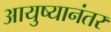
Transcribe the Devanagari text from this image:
आयुष्यानंतर